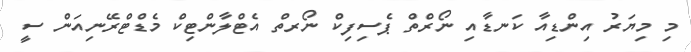
މި މިޔަރު އިންޑިއާ ކަނޑާއި ނޯރްތް ޕެސިފިކް ނޯރތް އެޓްލާންޓިކް މެޑްޓްރޭނިއަން ސީ